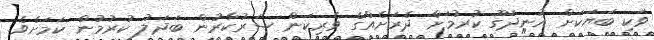
ވަކި ބަޔަކަށް އުނދަގޫ ކުރުމަށް ދެރަށެއްގެ ވެރިކަން ސަރުކާރުން ބަދަލު ކުރުމުން ކަމަށެވެ.